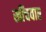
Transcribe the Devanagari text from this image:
खींचवाए